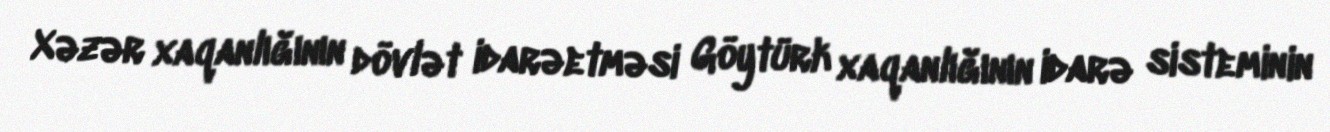
Xəzər xaqanlığının dövlət idarəetməsi Göytürk xaqanlığının idarə sisteminin